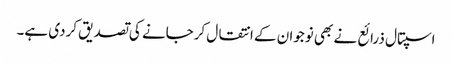
اسپتال ذرائع نے بھی نوجوان کے انتقال کرجانے کی تصدیق کردی ہے۔